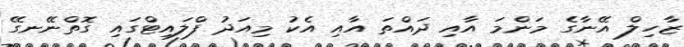
ޒާހިލް އޭނާގެ މަންމަ އާއި ދައްތަ އާއި އެކު މިއަދު ފްލައިޓްގައި ގޮތްނޭނގޭ